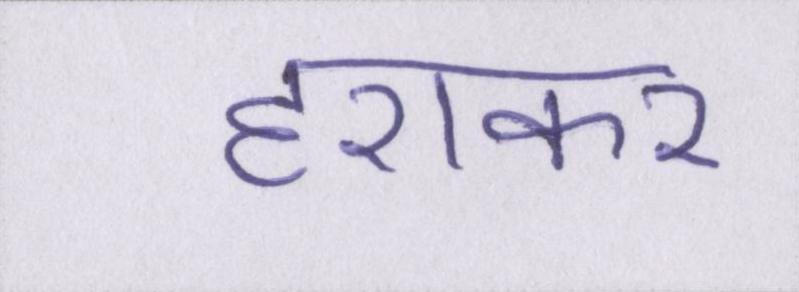
हराकर